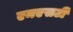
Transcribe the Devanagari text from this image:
एमएसटी